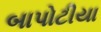
બાપોટીયા